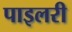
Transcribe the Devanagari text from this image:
पाइलरी